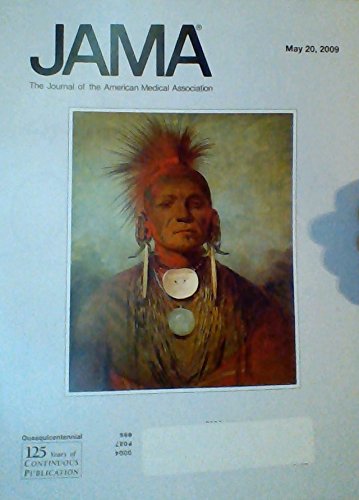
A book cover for Association Between Tamsulosin and Serious Ophthalmic Adverse Events in Older Men Following Cataract Surgery / Intramyocardial Bone Marrow Cell Injection for Chronic Myocardial Ischemia: A Randomized Controlled Trial (JAMA: The Journal of the American Mediacl Association, Volume 301, Number 19, May 20, 2009); C. M. Bell; Health, Fitness & Dieting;